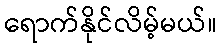
ရောက်နိုင်လိမ့်မယ်။